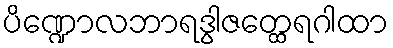
ပိဏ္ဍောလဘာရဒွါဇတ္ထေရဂါထာ